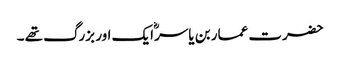
حضرت عمار بن یاسرؓ ایک اور بزرگ تھے ۔